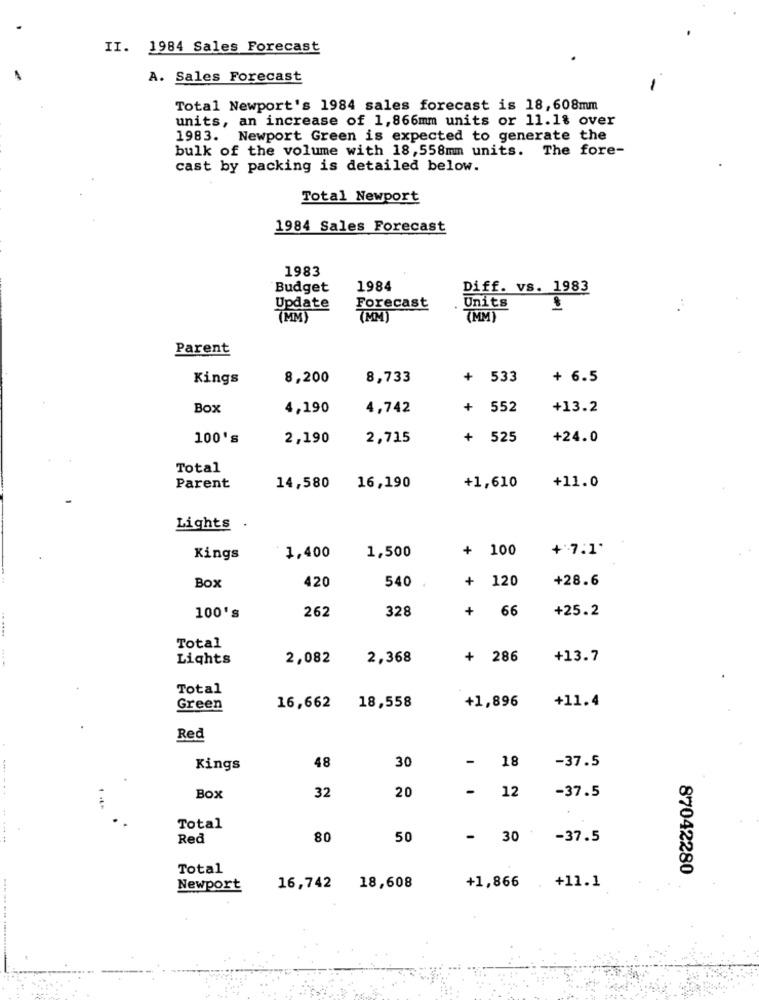
II. 1984 Sales Forecast
A. Sales Forecast
Total Newport's 1984 sales forecast is 18,608mm
units, an increase of 1,866mm units or 11.1% over
1983. Newport Green is expected to generate the
bulk of the volume with 18,558mm units. The fore-
cast by packing is detailed below.
Total Newport
1984 Sales Forecast
1983
Budget
1984
Diff. vs. 1983
Update
Forecast
Units
(MM)
(MM)
7MM)
Parent
Kings
8,200
8,733
+ 533
+ 6.5
Box
4,190
4,742
+ 552
+13.2
100's
2,190
2,715
+ 525
+24.0
Total
Parent
14,580
16,190
+1,610
+11.0
Lights .
+ 100
+ 7:1'
Kings
1,400
1,500
420
+ 120
+28.6
Box
540
262
328
66
+25.2
100's
+
Total
Lights
2,082
2,368
+ 286
+13.7
Total
18,558
+1,896
+11.4
Green
16,662
Red
48
30
-
18
-37.5
Kings
-
12
-37.5
Box
32
20
Total
Red
80
50
-
30
-37.5
Total
87042280
Newport
16,742
18,608
+1,866 .+11.1